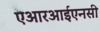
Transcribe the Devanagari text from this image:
एआरआईएनसी